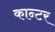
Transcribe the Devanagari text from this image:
कान्टर